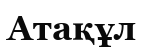
Атақұл